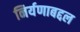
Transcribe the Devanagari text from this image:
निर्यणाबद्दल